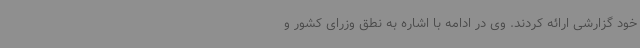
خود گزارشی ارائه کردند. وی در ادامه با اشاره به نطق وزرای کشور و